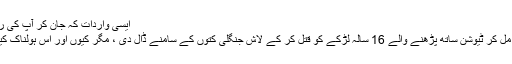
ایسی واردات کہ جان کر آپ کی روح تک کانپ اٹھے گی
چکوال : 6 دوستوں نے مل کر ٹیوشن ساتھ پڑھنے والے 16 سالہ لڑکے کو قتل کر کے لاش جنگلی کتوں کے سامنے ڈال دی ، مگر کیوں اور اس ہولناک کیس کا سراخ کیسے لگا ۔